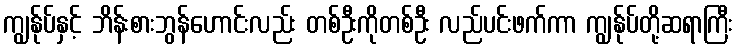
ကျွန်ုပ်နှင့် ဘိန်းစားဘွန်ဟောင်းလည်း တစ်ဦးကိုတစ်ဦး လည်ပင်းဖက်ကာ ကျွန်ုပ်တို့ဆရာကြီး